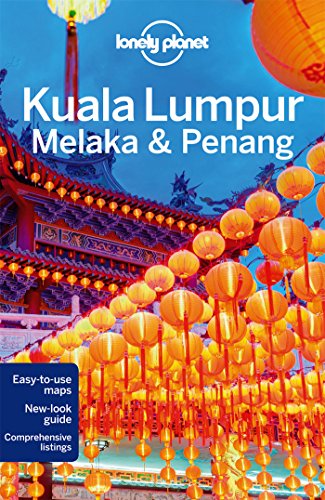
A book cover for Lonely Planet Kuala Lumpur, Melaka & Penang (Travel Guide); Lonely Planet; Travel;